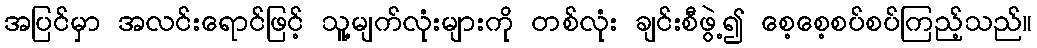
အပြင်မှာ အလင်းရောင်ဖြင့် သူ့မျက်လုံးများကို တစ်လုံး ချင်းစီဖွဲ့၍ စေ့စေ့စပ်စပ်ကြည့်သည်။